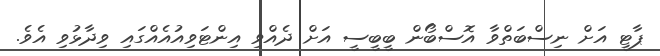
ޕާޓީ އަށް ނިސްބަތްވާ އޮސްބޯން ބީބީސީ އަށް ދެއްވި އިންޓަވިއުއެއްގައި ވިދާޅުވި އެވެ.